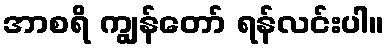
အာစရိ ကျွန်တော် ရန်လင်းပါ။